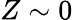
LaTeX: Z\sim 0